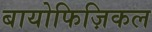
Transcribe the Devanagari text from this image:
बायोफिज़िकल